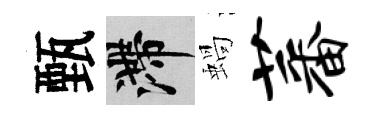
甄滯蝸蕃